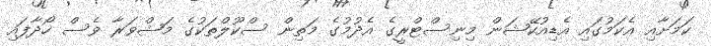
ކަމަށާއި އެކަމުގައި އެޑިއުކޭޝަން މިނިސްޓްރީގެ އެދުމުގެ މަތިން ސްކޫލްތަކުގެ މަޝްވަރާ ވެސް ހޯދާފައި